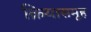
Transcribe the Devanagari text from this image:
क्रियासमूह